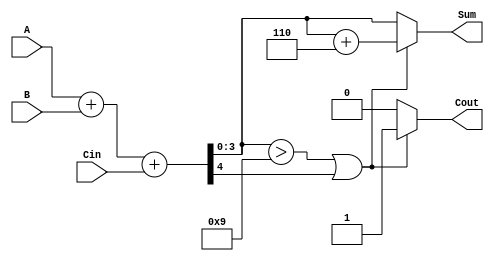
module BCD_Parallel_Adder (
    input  [3:0] A,      // First BCD digit
    input  [3:0] B,      // Second BCD digit
    input        Cin,     // Carry input
    output reg [3:0] Sum, // BCD result
    output reg Cout       // Carry output
);

    wire [4:0] S;        // 5-bit sum to hold A + B + Cin
    wire correction;      // Signal to indicate if correction is needed

    // Step 1: Perform binary addition
    assign S = A + B + Cin;

    // Step 2: Determine if correction is needed
    assign correction = (S[3:0] > 4'b1001) || S[4];

    // Step 3: Apply correction if needed
    always @(*) begin
        if (correction) begin
            Sum = S[3:0] + 4'b0110; // Add correction value
            Cout = 1;               // Set carry out
        end else begin
            Sum = S[3:0];           // No correction needed
            Cout = 0;               // No carry out
        end
    end

endmodule